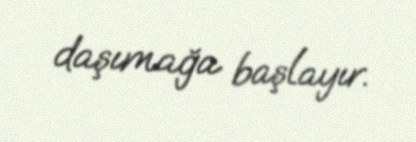
daşımağa başlayır.